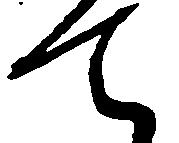
て